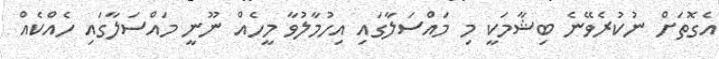
އެގޮތަށް ނުކުރެވޭނެ ބިޝާމަކީ މި މައްސަލާގައި އިހުމާލުވާ މީހެއް ނޫނީ މައްސަލާގައި ހެއްކެއް